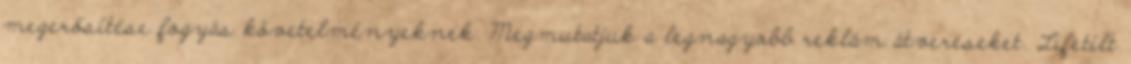
megerősítése fogyás követelményeknek. Megmutatjuk a legnagyobb reklám átveréseket. Lifetilt